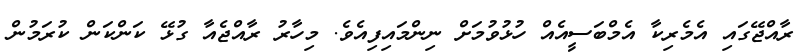
ރާއްޖޭގައި އެމެރިކާ އެމްބަސީއެއް ހުޅުވުމަށް ނިންމައިފިއެވެ. މިހާރު ރާއްޖެއާ ގުޅޭ ކަންކަން ކުރަމުން